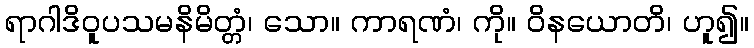
ရာဂါဒိဝူပသမနိမိတ္တံ၊ သော။ ကာရဏံ၊ ကို။ ဝိနယောတိ၊ ဟူ၍။